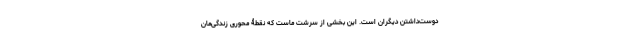
دوست‌داشتنِ دیگران است. این بخشی از سرشت ماست که نقطۀ محوری زندگی‌مان